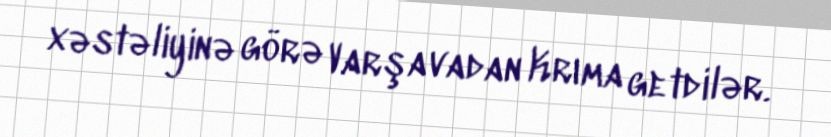
xəstəliyinə görə Varşavadan Krıma getdilər.